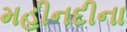
મહીનદીના